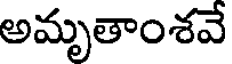
అమృతాంశవే